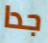
جدا